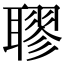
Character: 𦗖